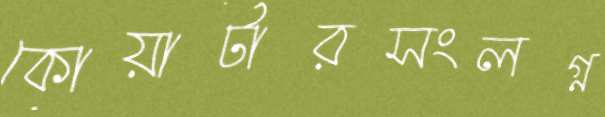
কোয়ার্টারসংলগ্ন